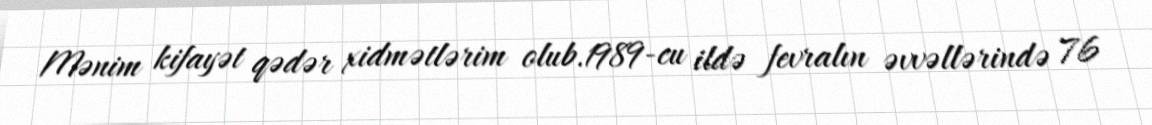
Mənim kifayət qədər xidmətlərim olub.1989-cu ildə fevralın əvvəllərində 76